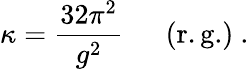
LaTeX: \kappa=\frac{32\pi^{2}}{g^{2}}~~~~~~({\mathrm{r.g.}})~.